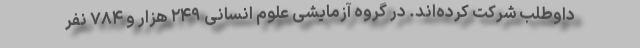
داوطلب شرکت کرده‌اند. در گروه آزمایشی علوم انسانی ۲۴۹ هزار و ۷۸۴ نفر